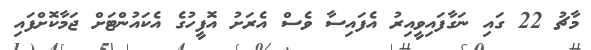
މާޗު 22 ގައި ނަގާފައިވީއިރު އެފައިސާ ވެސް އެރަށު އޮފީހުގެ އެކައުންޓަށް ޖަމާކޮށްފައި